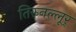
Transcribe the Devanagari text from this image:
तिरुनल्लूर्